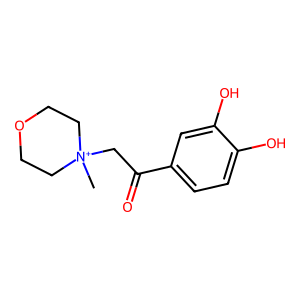
SMILES: C[N+]1(CC(=O)c2ccc(O)c(O)c2)CCOCC1
Inhibits HIV replication: Yes